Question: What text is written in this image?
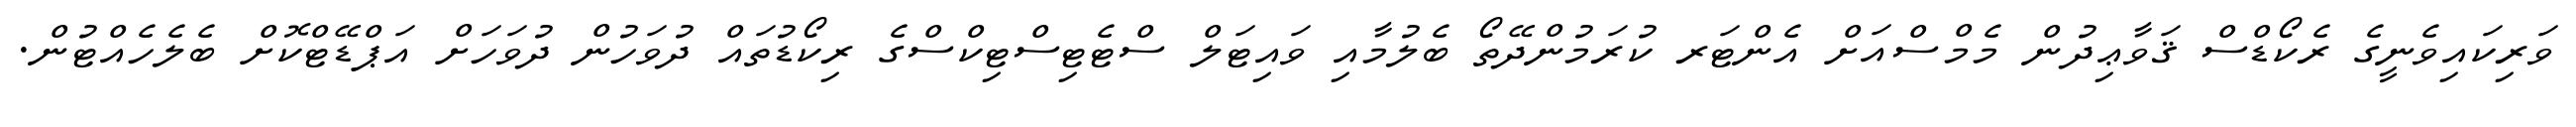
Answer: ވަރިކައިވެނީގެ ރެކޯޑްސް ޤަވާޢިދުން މެމްސްއަށް އެންޓަރ ކުރަމުންދޭތޯ ބެލުމާއި ވައިޓަލް ސްޓެޓިސްޓިކްސްގެ ރިކޯޑުތައް ދުވަހުން ދުވަހަށް އަޕްޑޭޓްކޮށް ބެލެހެއްޓުން.